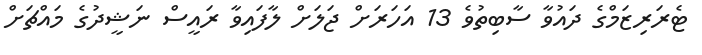
ޓެރަރިޒަމްގެ ދައުވާ ސާބިތުވެ 13 އަހަރަށް ޖަލަށް ލާފައިވާ ރައީސް ނަޝީދުގެ މައްޗަށް